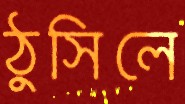
ঠুসিলে